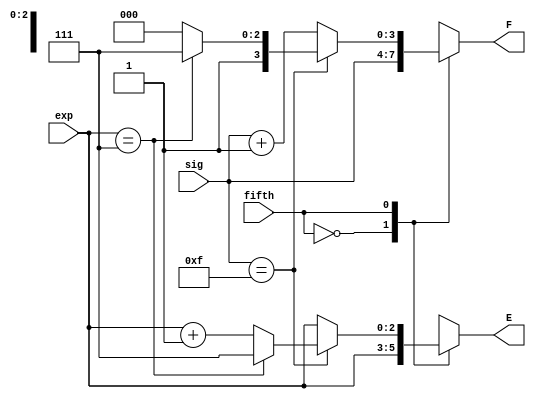
`timescale 1ns / 1ps
//////////////////////////////////////////////////////////////////////////////////
// Company: 
// Engineer: 
// 
// Design Name: 
// Module Name:    Rounding_Thingy 
// Project Name: 
// Target Devices: 
// Tool versions: 
// Description: 
//
// Dependencies: 
//
// Revision: 
// Revision 0.01 - File Created
// Additional Comments: 
//
//////////////////////////////////////////////////////////////////////////////////
module Rounding_Thingy(
    input [2:0] exp,
    input [3:0] sig,
    input fifth,
    output reg [2:0] E,
    output reg [3:0] F
    );

always @ *
begin
    case(fifth)
    0: begin //Fifth bit is zero, so truncate
        E = exp;
        F = sig;
    end
    1: begin // Fifth bit is one, so must perform some rounding
        case (sig)
        'b1111: begin // In this case, there will be overflow
		  case (exp)
					default: begin // Divide the mantissa (16, which overflowed) to 8 and increase exponent by 1
						E = exp + 1;
						F = 'b1000;
					end
					'b111: begin // This would round the exponent to 8, so we want the maximum possible floating point number
						E = 'b111;
						F = 'b1111;
					end
				endcase
            end
        default: begin // default case where the mantissa is incremented without overflow
                E = exp;
                F = sig + 1;
            end
        endcase
    end
    endcase
end

endmodule